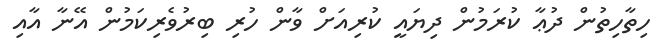
ހިތާހިތުން ދުޢާ ކުރަމުން ދިޔައީ ކުރިއަށް ވާން ހުރި ބިރުވެރިކަމުން އޭނާ އާއި